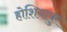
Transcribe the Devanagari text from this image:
होशियापुर